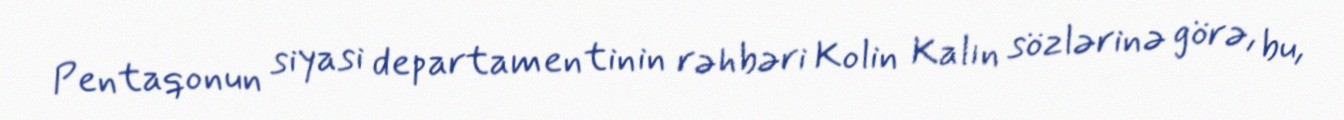
Pentaqonun siyasi departamentinin rəhbəri Kolin Kalın sözlərinə görə, bu,